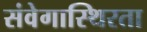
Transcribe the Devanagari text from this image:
संवेगास्थिरता